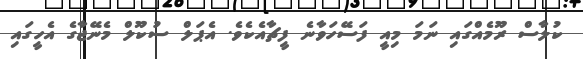
ކުލާސް ރޫމެއްގައި ނަމަ މިއީ ފަސޭހަވާނެ ފީޗާއެކެވެ. އެޕަލް ސުކޫލް މެނޭޖާގެ އެހީގައި